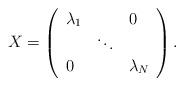
LaTeX: \begin{align*}X=\left(\begin{array}{lll}\lambda _1 & & 0 \\& \ddots & \\0 & & \lambda _N\end{array}\right) . \end{align*}